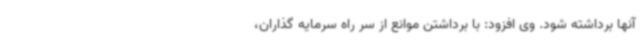
آنها برداشته شود. وی افزود: با برداشتن موانع از سر راه سرمایه گذاران،